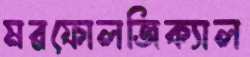
মরফোলজিক্যাল